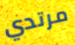
مرتدي